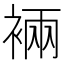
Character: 裲